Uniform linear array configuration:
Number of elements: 48
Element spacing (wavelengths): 0.75
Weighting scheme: uniform
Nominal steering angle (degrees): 0
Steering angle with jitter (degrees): -1.647
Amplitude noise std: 0.05
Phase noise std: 0.05

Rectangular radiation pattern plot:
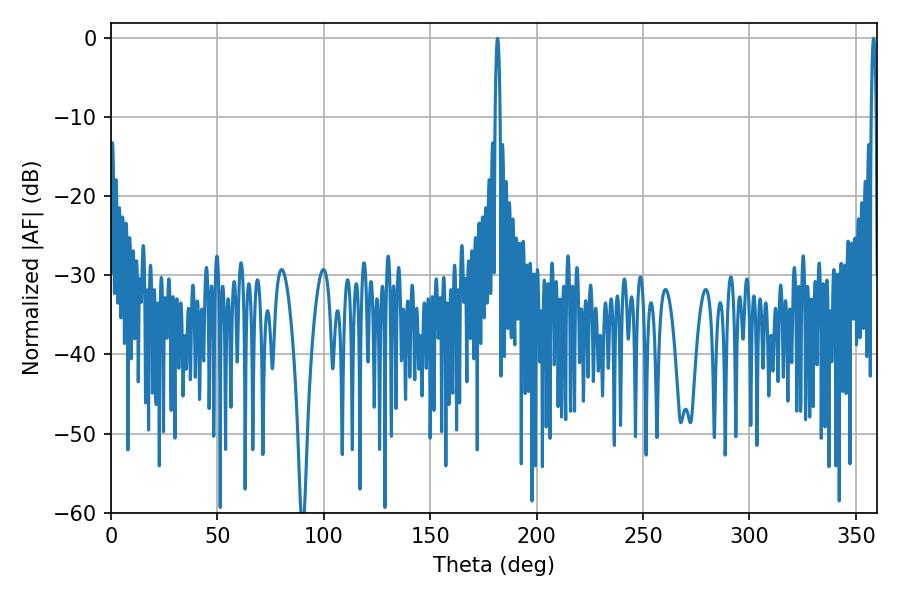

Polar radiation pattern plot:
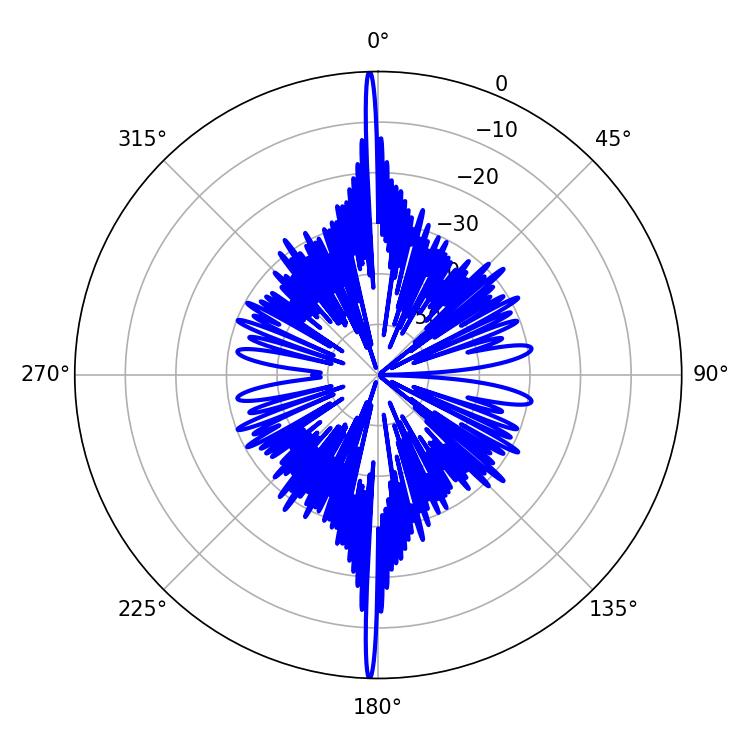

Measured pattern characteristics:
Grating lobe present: TRUE
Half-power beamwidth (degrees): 1.26
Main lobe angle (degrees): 358.38